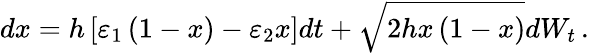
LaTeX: dx=h\left[\varepsilon_{1}\left(1-x\right)-\varepsilon_{2}x\right]dt+\sqrt{2hx\left(1-x\right)}dW_{t}\, .